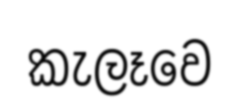
කැලෑවෙ